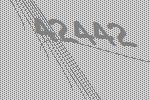
42442